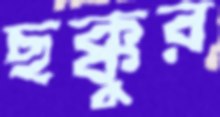
ছক্কুর